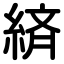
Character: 緕